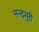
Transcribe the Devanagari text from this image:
नन्दमूरी